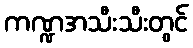
ကဏ္ဍအသီးသီးတွင်